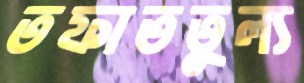
তফাততুল্য